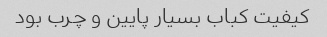
کیفیت کباب بسیار پایین و چرب بود